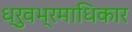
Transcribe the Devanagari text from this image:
ध्रुवभ्रमाधिकार